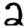
Digit: 2